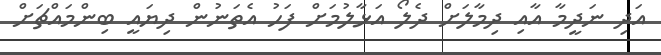
އަދި ނަދީމާ އާއި ދިމާލަށް ދެލޯ އަޅާލުމަށް ފަހު އެތަނުން ދިޔައީ ބިންމައްޗަށް